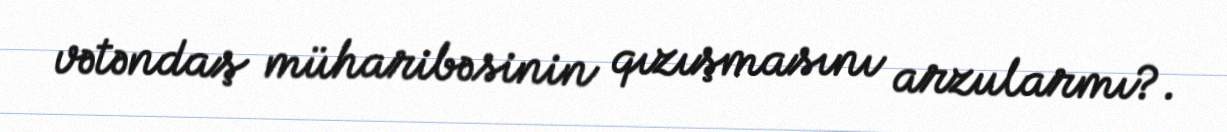
vətəndaş müharibəsinin qızışmasını arzularmı?.